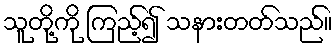
သူတို့ကို ကြည့်၍ သနားတတ်သည်။